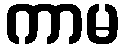
ကာမ